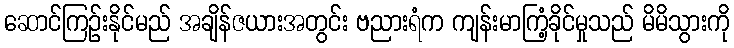
ဆောင်ကြဉ်းနိုင်မည် အချိန်ဇယားအတွင်း ဗညားရံက ကျန်းမာကြံ့ခိုင်မှုသည် မိမိသွားကို